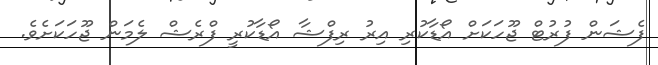
ފެޝަން ފުރުޓް ޖޫހަކަށް އޯޑާކުރި އިރު ރިފްޝާ އޯޑާކުރީ ފްރެޝް ލެމަން ޖޫހަކަށެވެ.